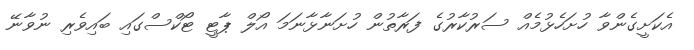
އެކަށީގެންވާ ހުށަހެޅުމެއް ސަރުކާރުގެ ފަރާތުން ހުށަނާޅާނަމަ އޯލް ޕާޓީ ޓޯކްސްގައި ބައިވެރި ނުވާނޭ